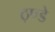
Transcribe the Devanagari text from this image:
ठ्ण्डे